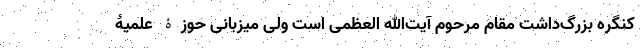
کنگره بزرگ‌داشت مقام مرحوم آیت‌الله العظمی است ولی میزبانی حوزۀ علمیۀ